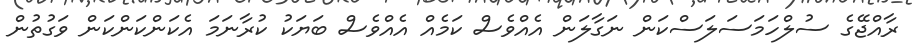
ރާއްޖޭގެ ސުލްހަމަސަލަސްކަން ނަގާލަން އެއްވެސް ކަމެއް އެއްވެސް ބަޔަކު ކުރާނަމަ އެކަންކަންކަން ވަގުތުން